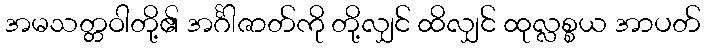
အမသတ္တဝါတို့၏ အင်္ဂါဇာတ်ကို တို့လျှင် ထိလျှင် ထုလ္လစ္စယ အာပတ်